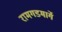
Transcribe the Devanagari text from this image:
रामगडमार्गे